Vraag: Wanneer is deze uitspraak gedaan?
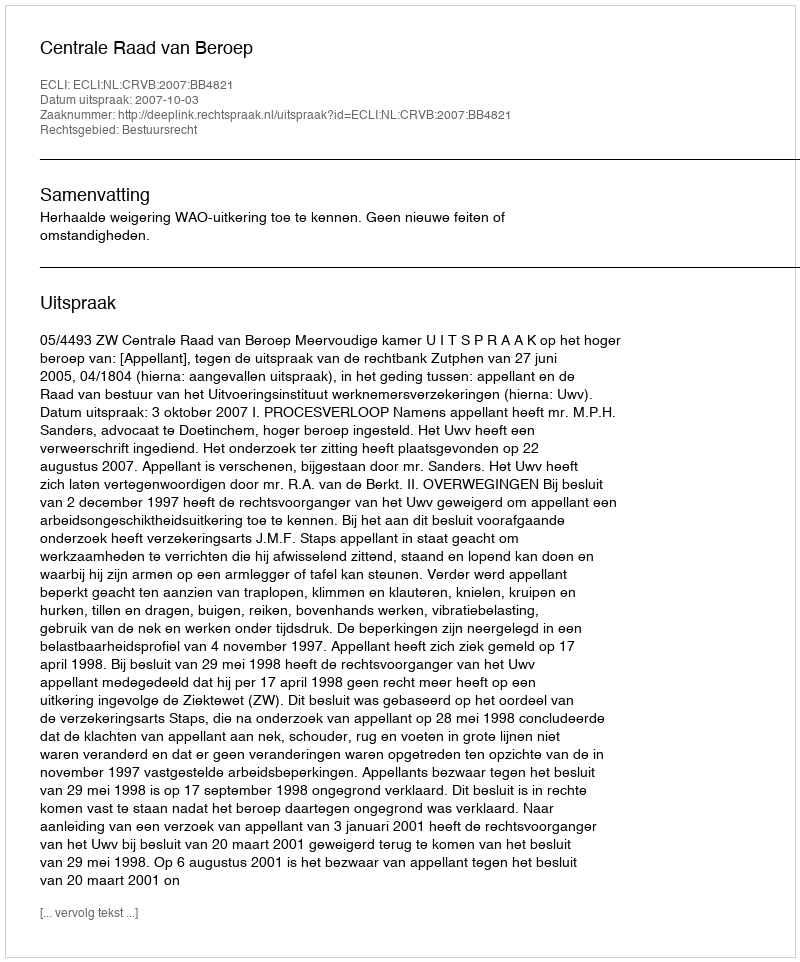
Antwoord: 2007-10-03